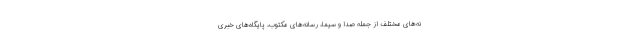
نه‌های مختلف از جمله صدا و سیما، رسانه‌های مکتوب، پایگاه‌های خبری